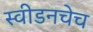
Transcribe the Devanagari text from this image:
स्वीडनचेच